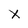
Character: x